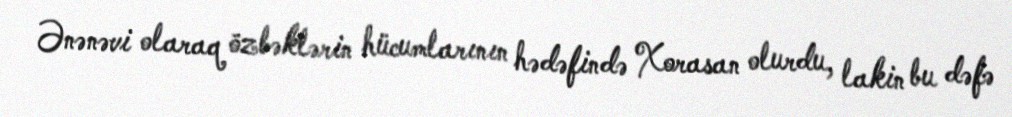
Ənənəvi olaraq özbəklərin hücumlarının hədəfində Xorasan olurdu, lakin bu dəfə